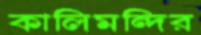
কালিমন্দির